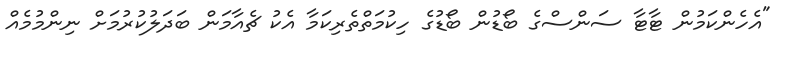
"އެހެންކަމުން ޓާޓާ ސަންސްގެ ބޯޑުން ބޯޑުގެ ހިކުމަތްތެރިކަމާ އެކު ޗެއާމަން ބަދަލުކުރުމަށް ނިންމުމެއް